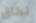
نطاق